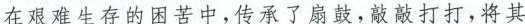
在艰难生存的困苦中，传承了扇鼓，敲敲打打，将其